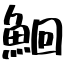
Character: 鮰